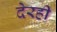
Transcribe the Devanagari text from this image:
देरही